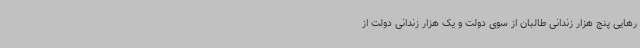
رهایی پنج هزار زندانی طالبان از سوی دولت و یک هزار زندانی دولت از